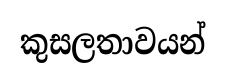
කුසලතාවයන්